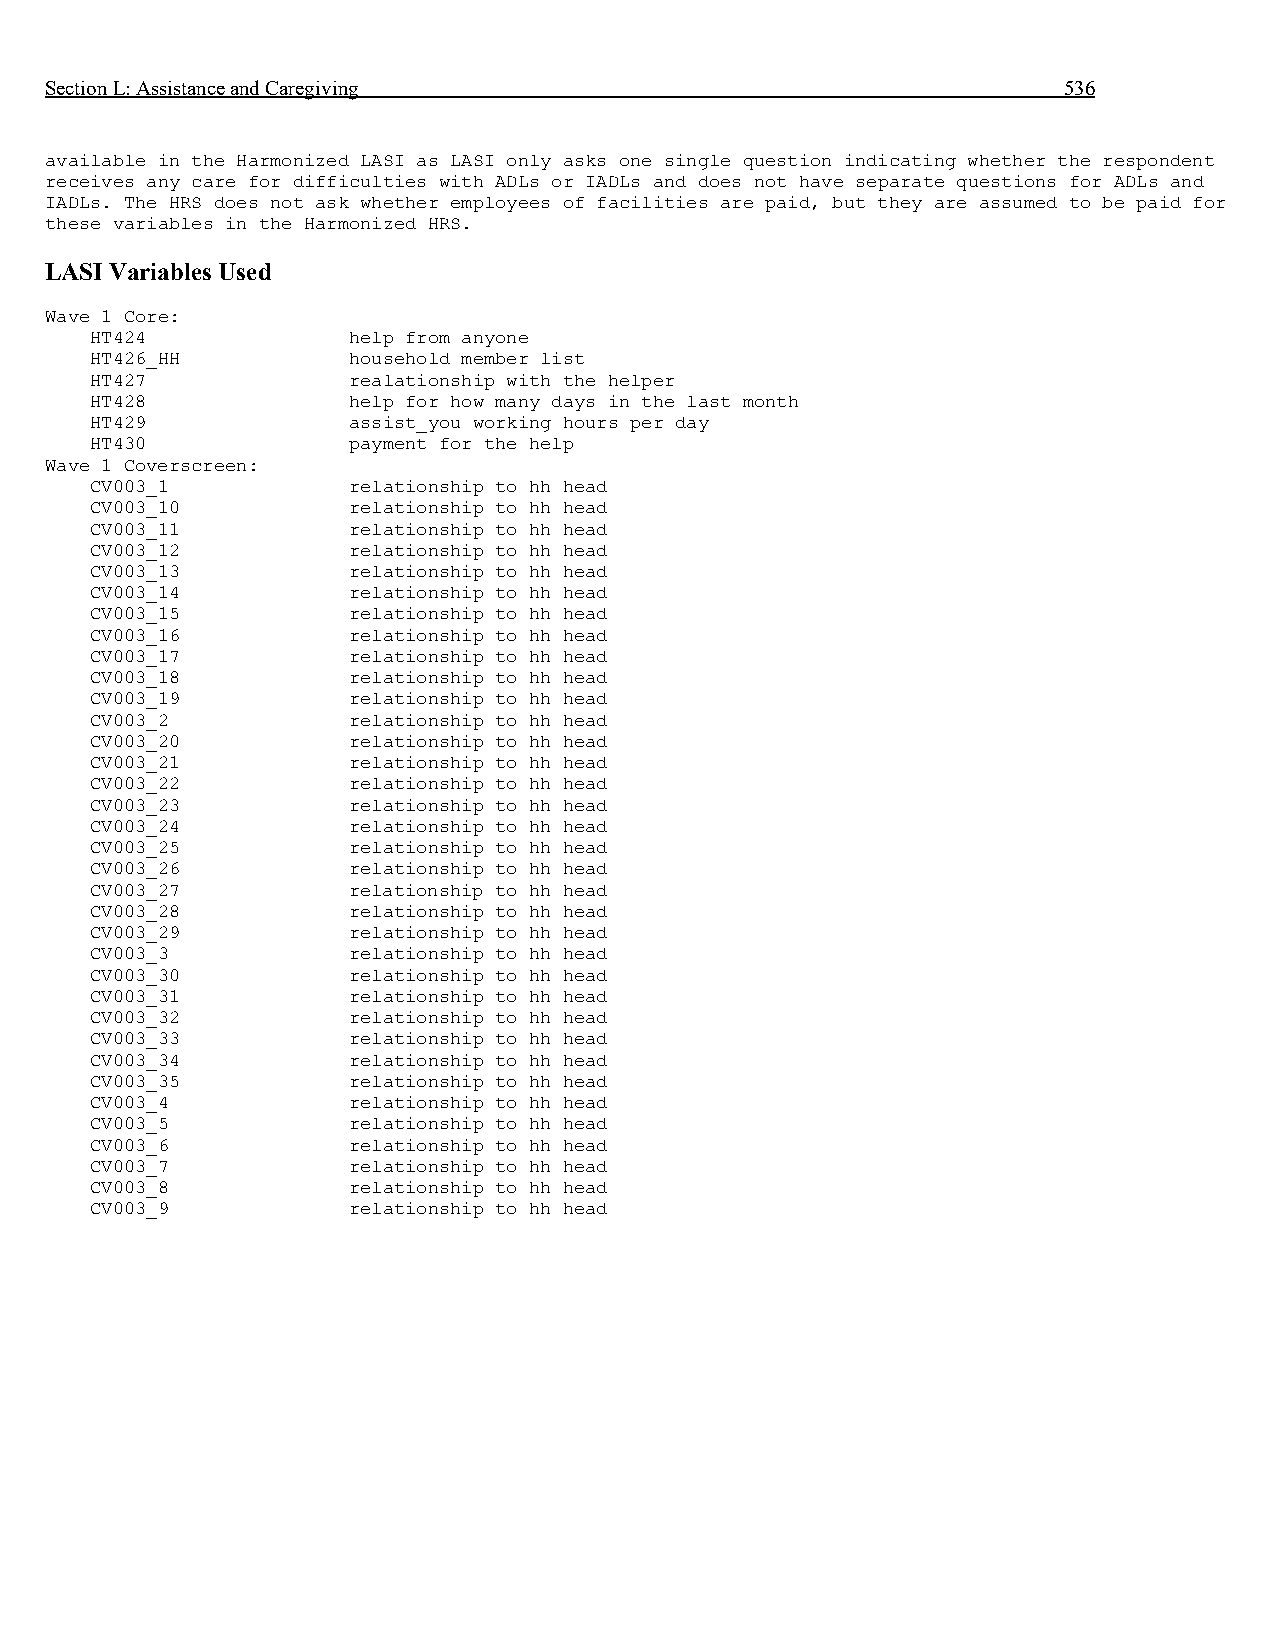
Section L: Assistance and Caregiving                               536
 available in the Harmonized LASI as LASI only asks one single question indicating whether the respondent
 receives any care for difficulties with ADLs or IADLs and does not have separate questions for ADLs and
 IADLs. The HRS does not ask whether employees of facilities are paid, but they are assumed to be paid for
 these variables in the Harmonized HRS.
 LASI Variables Used
 Wave 1 Core:
 HT424            help from anyone
 HT426_HH         household member list
 HT427            realationship with the helper
 HT428            help for how many days in the last month
 HT429            assist_you working hours per day
 HT430            payment for the help
 Wave 1 Coverscreen:
 CV003_1          relationship to hh head
 CV003_10         relationship to hh head
 CV003_11         relationship to hh head
 CV003_12         relationship to hh head
 CV003_13         relationship to hh head
 CV003_14         relationship to hh head
 CV003_15         relationship to hh head
 CV003_16         relationship to hh head
 CV003_17         relationship to hh head
 CV003_18         relationship to hh head
 CV003_19         relationship to hh head
 CV003_2          relationship to hh head
 CV003_20         relationship to hh head
 CV003_21         relationship to hh head
 CV003_22         relationship to hh head
 CV003_23         relationship to hh head
 CV003_24         relationship to hh head
 CV003_25         relationship to hh head
 CV003_26         relationship to hh head
 CV003_27         relationship to hh head
 CV003_28         relationship to hh head
 CV003_29         relationship to hh head
 CV003_3          relationship to hh head
 CV003_30         relationship to hh head
 CV003_31         relationship to hh head
 CV003_32         relationship to hh head
 CV003_33         relationship to hh head
 CV003_34         relationship to hh head
 CV003_35         relationship to hh head
 CV003_4          relationship to hh head
 CV003_5          relationship to hh head
 CV003_6          relationship to hh head
 CV003_7          relationship to hh head
 CV003_8          relationship to hh head
 CV003_9          relationship to hh head